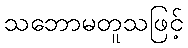
သဘောမတူသဖြင့်